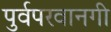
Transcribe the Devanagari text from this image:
पुर्वपरवानगी